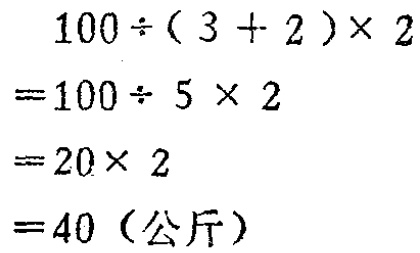
\[
\begin{align*}
&100\div(3 + 2)\times2\\
=&100\div5\times2\\
=&20\times2\\
=&40（\text{公斤}）
\end{align*}
\]